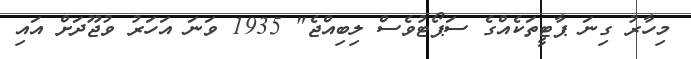
މިހާރު ގިނަ ޕާޓީތަކެއްގެ ސަޕޯޓުވެސް ލިބިއްޖެ" 1935 ވަނަ އަހަރު ވުޖޫދަށް އައި